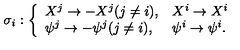
\sigma _ { i } : \left\{ \begin{array} { l l } { X ^ { j } \rightarrow - X ^ { j } ( j \neq i ) , } & { X ^ { i } \rightarrow X ^ { i } } \\ { \psi ^ { j } \rightarrow - \psi ^ { j } ( j \neq i ) , } & { \psi ^ { i } \rightarrow \psi ^ { i } . } \\ \end{array} \right.